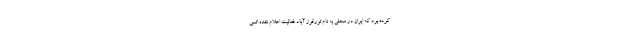
کرده بود که ایران در محلی به نام تورقوز آباد فعالیت اعلام نشده اتمی